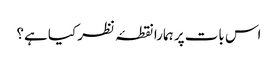
اس بات پر ہمارا نقطۂ نظر کیا ہے؟